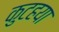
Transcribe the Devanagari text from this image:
कुटहया